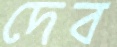
দেব